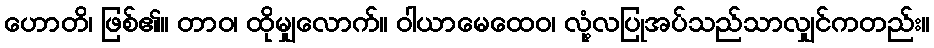
ဟောတိ၊ ဖြစ်၏။ တာဝ၊ ထိုမျှလောက်။ ဝါယာမေထေဝ၊ လုံ့လပြုအပ်သည်သာလျှင်ကတည်း။